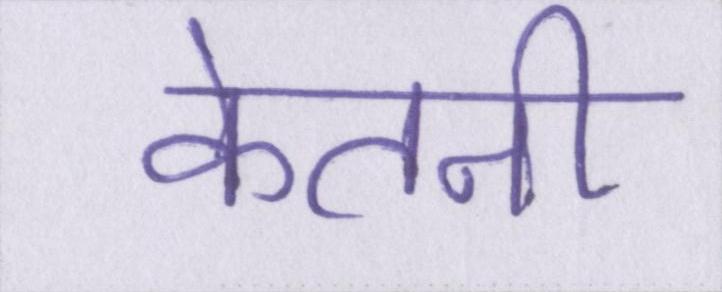
केतनी